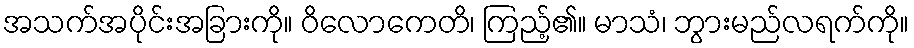
အသက်အပိုင်းအခြားကို။ ဝိလောကေတိ၊ ကြည့်၏။ မာသံ၊ ဘွားမည်လရက်ကို။